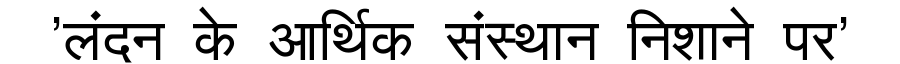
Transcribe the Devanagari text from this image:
'लंदन के आर्थिक संस्थान निशाने पर'